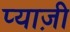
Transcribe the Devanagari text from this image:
प्याज़ी